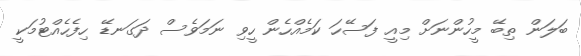
ބަލަން ތިބޭ މީހުންނަށް މިއީ ފަސޭހަ ކަމެއްހެން ހީވި ނަމަވެސް ދަގަނޑޭ ހިފެެހެއްޓުމަކީ